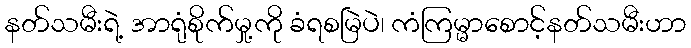
နတ်သမီးရဲ့ အာရုံစိုက်မှု့ကို ခံရစမြဲပဲ၊ ကံကြမ္မာစောင့်နတ်သမီးဟာ